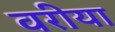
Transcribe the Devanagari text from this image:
वरीया